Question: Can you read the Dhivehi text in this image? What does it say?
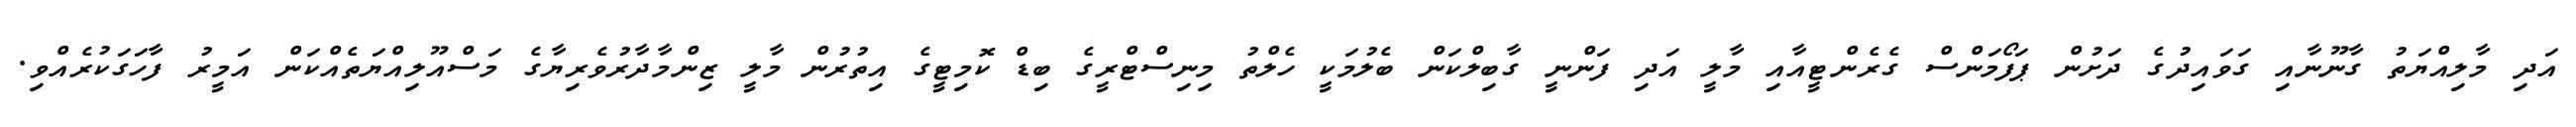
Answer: އަދި މާލިއްޔަތު ގާނޫނާއި ގަވައިދުގެ ދަށުން ޕަފޯމަންސް ގެރެންޓީއާއި މާލީ އަދި ފަންނީ ގާބިލްކަން ބެލުމަކީ ހެލްތު މިނިސްޓްރީގެ ބިޑް ކޮމިޓީގެ އިތުރުން މާލީ ޒިންމާދާރުވެރިޔާގެ މަސްއޫލިއްޔަތެއްކަން އަމީރު ފާހަގަކުރެއްވި.